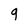
Character: g